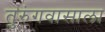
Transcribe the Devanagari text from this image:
तुरुंगवासाला